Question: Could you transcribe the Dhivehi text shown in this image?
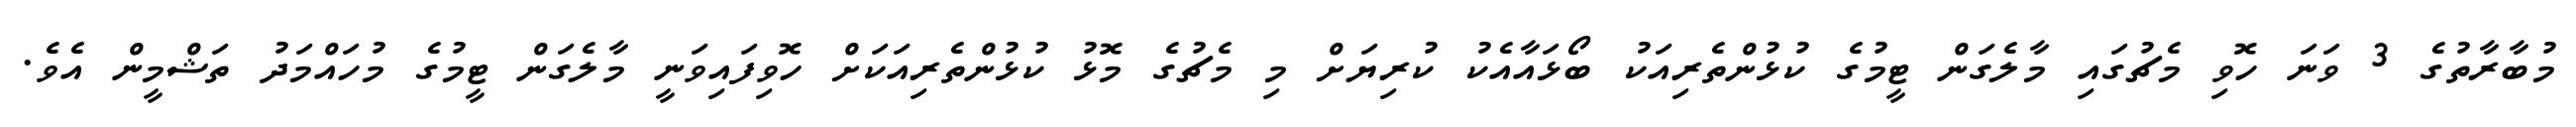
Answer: މުބާރާތުގެ 3 ވަނަ ހޮވި މެޗުގައި މާލެގަން ޓީމުގެ ކުޅުންތެރިއަކު ބޯޅައާއެކު ކުރިޔަށް މި މެޗުގެ މޮޅު ކުޅުންތެރިއަކަށް ހޮވިފައިވަނީ މާލެގަން ޓީމުގެ މުހައްމަދު ތަޝްމީން އެވެ.